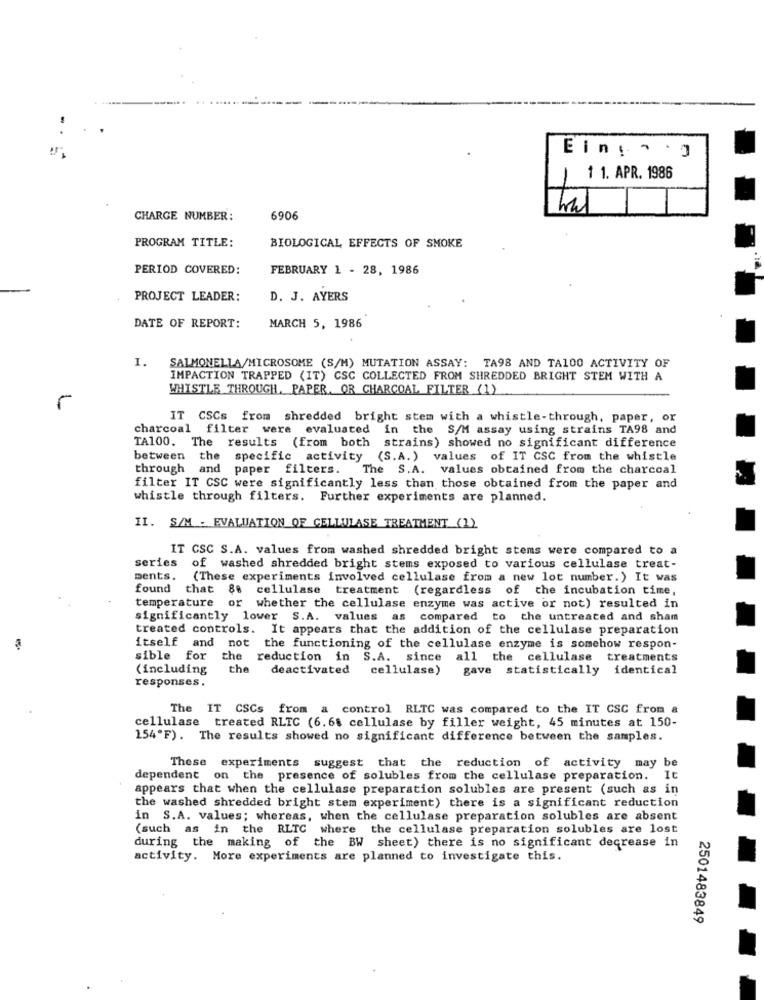
Eing · ·
1 1. APR. 1986
CHARGE NUMBER:
6906
PROGRAM TITLE:
BIOLOGICAL EFFECTS OF SMOKE
PERIOD COVERED:
FEBRUARY 1 - 28, 1986
PROJECT LEADER:
D. J. AYERS
DATE OF REPORT:
MARCH 5, 1986
I.
SALMONELLA/MICROSOME (S/M) MUTATION ASSAY: TA98 AND TA100 ACTIVITY OF
IMPACTION TRAPPED (IT) CSC COLLECTED FROM SHREDDED BRIGHT STEM WITH A
WHISTLE THROUGH. PAPER. OR CHARCOAL FILTER (1)
5
IT CSCs from shredded bright stem with a whistle-through, paper, or
charcoal filter were evaluated in the S/M assay using strains TA98 and
TA100.
The results (from both strains) showed no significant difference
between the specific activity (S.A.) values of IT CSC from the whistle
through and paper filters.
The S.A. values obtained from the charcoal
filter IT CSC were significantly less than those obtained from the paper and
whistle through filters. Further experiments are planned.
II. S/M . EVALUATION OF CELLULASE TREATMENT (1)
IT CSC S.A. values from washed shredded bright stems were compared to a
series
of washed shredded bright stems exposed to various cellulase treat-
ments.
(These experiments involved cellulase from a new lot number.) It was
found
that 88 cellulase treatment (regardless of the incubation time,
temperature or whether the cellulase enzyme was active or not) resulted in
significantly lower S.A. values as compared to the untreated and sham
treated controls. It appears that the addition of the cellulase preparation
itself and not the functioning of the cellulase enzyme is somehow respon-
sible for the reduction in S.A. since all the cellulase treatments
(including
the deactivated
cellulase)
gave statistically identical
responses.
The IT CSCs from a control RLTC was compared to the IT CSC from &
cellulase treated RLTC (6.6$ cellulase by filler weight, 45 minutes at 150-
154'F). The results showed no significant difference between the samples.
These experiments suggest that the reduction of activity may be
dependent
on the presence of solubles from the cellulase preparation. It
appears that when the cellulase preparation solubles are present (such as in
the washed shredded bright stem experiment) there is a significant reduction
in S.A. values; whereas, when the cellulase preparation solubles are absent
(such as in the RLTC where the cellulase preparation solubles are lost
during the making of the BW sheet) there is no significant decrease in
activity. More experiments are planned to investigate this.
2501483849